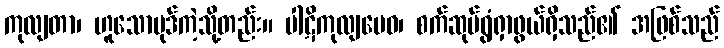
ကုလျတာ၊ ဟူသောပုဒ်ကဲ့သို့တည်း။ ပါဋိကုလျမေဝ၊ စက်ဆုပ်ရွံရှာဖွယ်ရှိသည်၏ အဖြစ်သည်